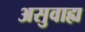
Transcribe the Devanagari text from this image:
असुवाह्य